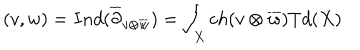
LaTeX: ( v , w ) = I n d ( \overline { { { \partial } } } _ { v \otimes \overline { { { w } } } } ) = \int _ { X } c h ( v \otimes \overline { { { w } } } ) T d ( X )